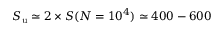
S _ { \mathrm { u } } \simeq 2 \times S ( N = 1 0 ^ { 4 } ) \simeq 4 0 0 - 6 0 0